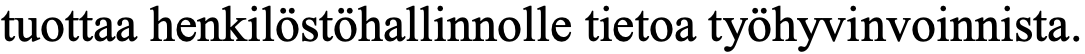
tuottaa henkilöstöhallinnolle tietoa työhyvinvoinnista.